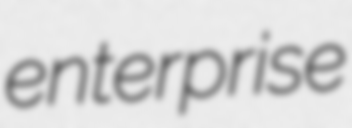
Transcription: enterprise